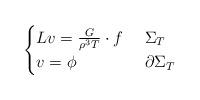
LaTeX: \begin{align*} \begin{cases} L v = \frac{G}{\rho^3 T}\cdot f\ & \Sigma_T \\ v = \phi\ & \partial \Sigma_T \end{cases} \end{align*}